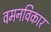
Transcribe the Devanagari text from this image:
वमनविकार